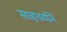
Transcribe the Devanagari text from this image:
साहचर्यानें